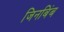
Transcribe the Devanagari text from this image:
जिनबिंब